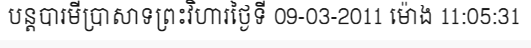
បន្តបារមីប្រាសាទព្រះវិហារថ្ងៃទី 09-03-2011 ម៉ោង 11:05:31